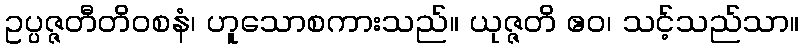
ဥပ္ပဇ္ဇတီတိဝစနံ၊ ဟူသောစကားသည်။ ယုဇ္ဇတိ ဧဝ၊ သင့်သည်သာ။